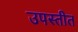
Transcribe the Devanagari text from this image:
उपस्तीत